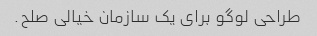
طراحی لوگو برای یک سازمان خیالی صلح.